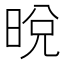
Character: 𣇋